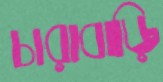
চারাবাড়ি